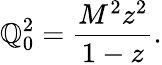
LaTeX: \mathbb{Q}_{0}^{2}=\frac{{M^{2}z^{2}}}{{1-z}}.